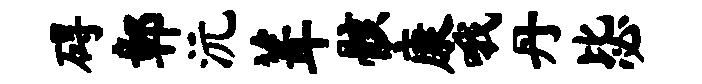
碍鄣沅葺骸康哦丹毖